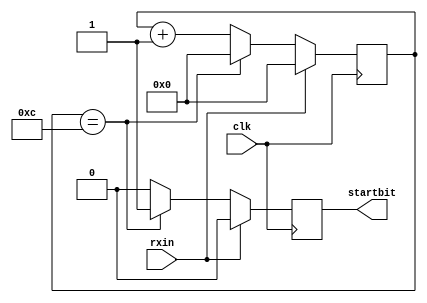
///////////////////////////////////////////////////////////////////////////////////////////////////////////////////////////////////////////////////////


//Detect start: Ideally the receiver receives continuous 1, as soon as the 0 is detected which is done by this module, the reception of data starts.

////////////////////////////////////////////////////////////////////////////////////////////////////////////////////////////////////////////////////////


module detect_bit( startbit,rxin,clk);
input rxin,clk;
output reg startbit;
reg [3:0]x=0;
always@(posedge clk)
begin
if(!rxin)
begin
if (x==4'd12) //8 clock cycles for datain,1 for startbit,1 paritybit,1 stop bit..detect in 12th bit
begin
startbit=1; //detect 0 to start the Rx;
x=0;
end
else
begin
startbit=0;
x=x+1; //start counting 1's as per mentioned in the specs.
end
end
else
begin //default case statement
x=0;
startbit=0;
end
end
endmodule